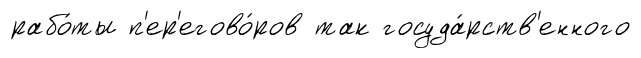
рабо́ты п'ер'егово́ров так госуда́рств'енного